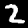
Label: 2